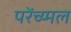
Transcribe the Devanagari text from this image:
परेंच्य्मल